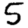
Digit: 5